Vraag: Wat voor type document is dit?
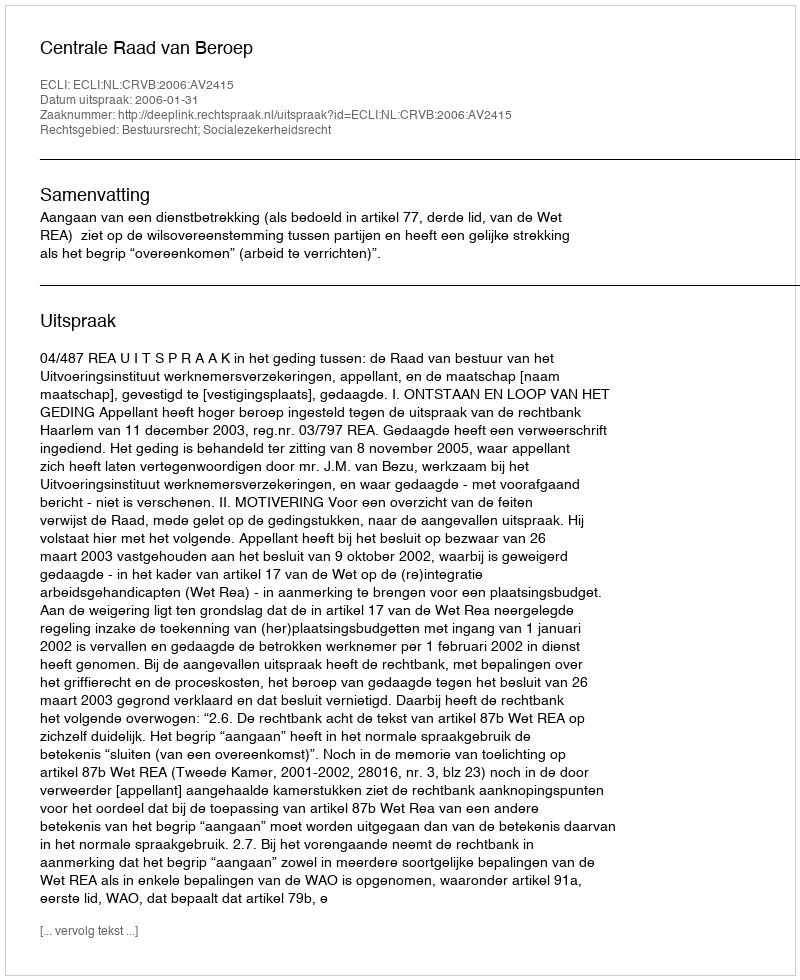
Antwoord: Uitspraak